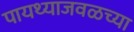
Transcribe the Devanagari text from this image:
पायथ्याजवळच्या